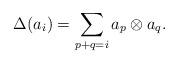
LaTeX: \begin{align*}\Delta(a_i)=\sum_{p+q=i}a_p\otimes a_q.\end{align*}